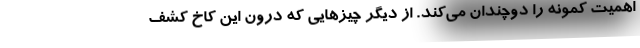
اهمیت کمونه را دوچندان می‌کند. از دیگر چیزهایی که درون این کاخ کشف